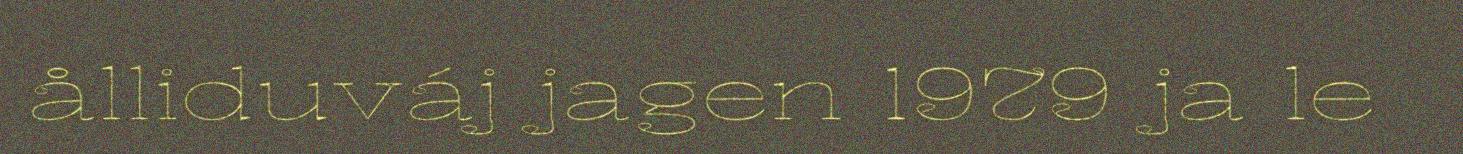
ålliduváj jagen 1979 ja le